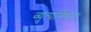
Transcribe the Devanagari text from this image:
व्युत्पत्तिवाद